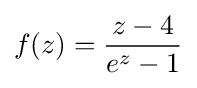
f(z)={\frac {z-4}{e^{z}-1}}